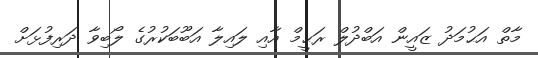
މާތް އަޙުމަދު ޒައީން އަބްދުލް ރަޙީމް އާއި ލައިލާ އަބޫބަކުރުގެ ލޯބިވާ ދަރިފުޅަށް